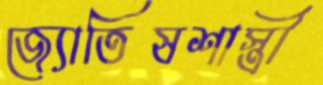
জ্যোতিষশাস্ত্রী